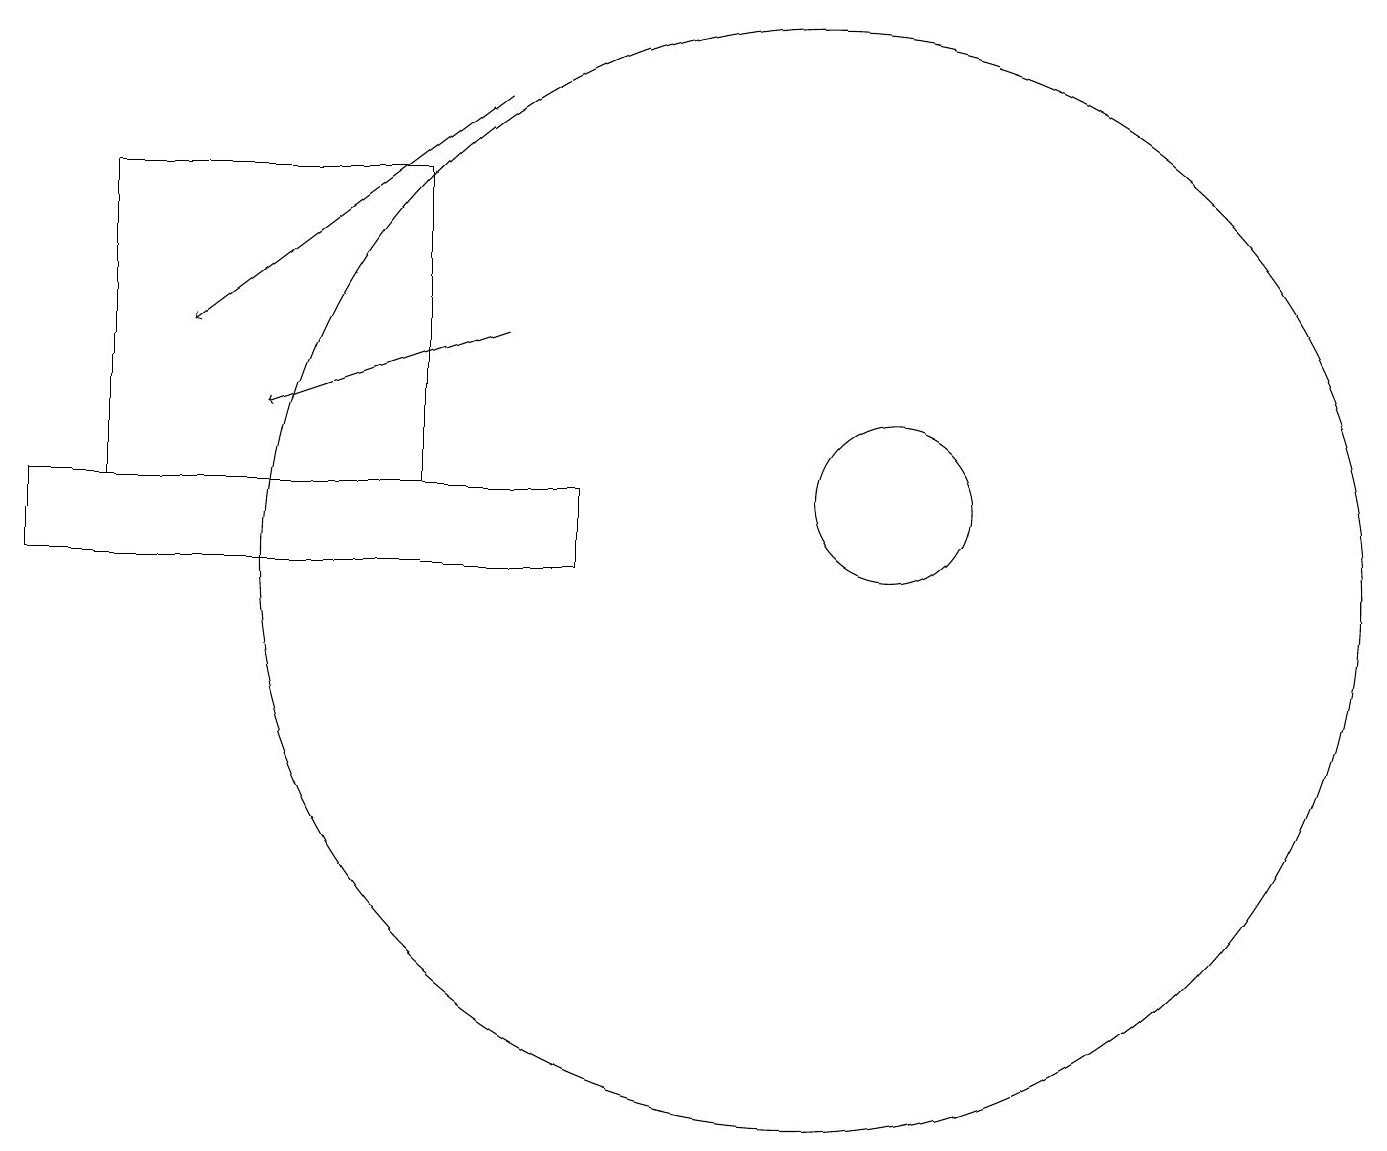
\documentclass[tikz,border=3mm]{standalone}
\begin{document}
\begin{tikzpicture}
\draw[->] (6,16) -- (2,13);
\draw (11,11) circle (1);
\draw (0,10) rectangle (7,11);
\draw (5,15) rectangle (1,11);
\draw (10,10) circle (7);
\draw[->] (6,13) -- (3,12);
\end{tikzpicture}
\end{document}